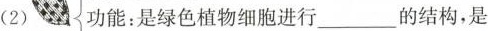
(2) 功能：是绿色植物细胞进行___的结构，是